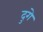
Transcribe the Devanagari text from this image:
दुगे